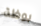
بوظة